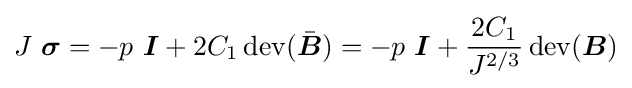
J~{\boldsymbol {\sigma }}=-p~{\boldsymbol {I}}+2C_{1}\operatorname {dev} ({\bar {\boldsymbol {B}}})=-p~{\boldsymbol {I}}+{\frac {2C_{1}}{J^{2/3}}}\operatorname {dev} ({\boldsymbol {B}})